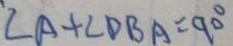
\angle A + \angle D B A = 9 0 ^ { \circ }